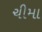
ચીમા